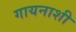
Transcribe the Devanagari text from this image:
गायनाशी